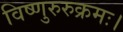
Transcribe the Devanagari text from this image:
विष्णुरुरुक्रमः।